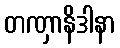
တဏှာနိဒါနာ